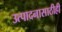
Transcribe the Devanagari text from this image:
उत्पादनासाठीही